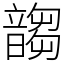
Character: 䪮